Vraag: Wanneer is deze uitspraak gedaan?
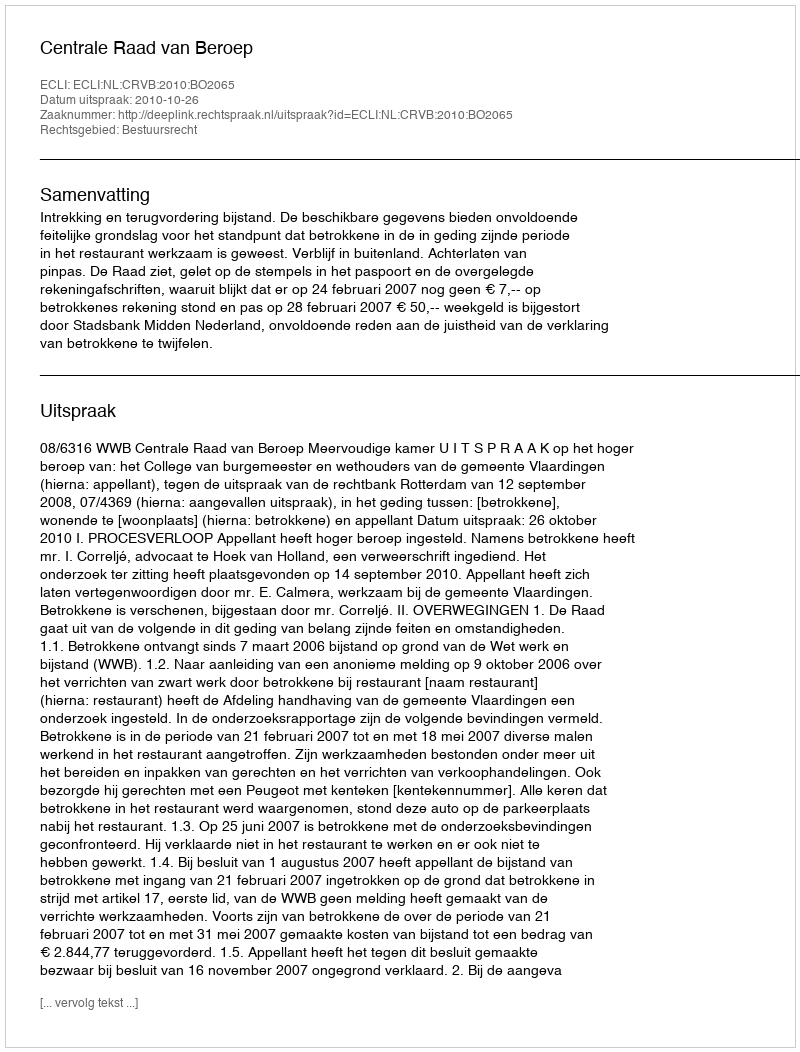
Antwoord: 2010-10-26